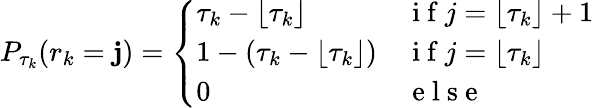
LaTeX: P_{\tau_{k}}(r_{k}=\mathbf{j})=\left\{ \begin{array}{ll}{\tau_{k}-\lfloor\tau_{k}\rfloor}&{\mathrm{~i~f~}j=\lfloor\tau_{k}\rfloor+1}\\ {1-(\tau_{k}-\lfloor\tau_{k}\rfloor)}&{\mathrm{~i~f~}j=\lfloor\tau_{k}\rfloor}\\ {0}&{\mathrm{~e~l~s~e~}}\end{array}\right.